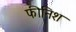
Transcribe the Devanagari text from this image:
फीनिश